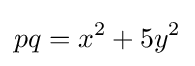
pq=x^{2}+5y^{2}